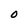
Character: O